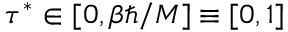
\tau ^ { * } \in [ 0 , \beta \hbar / M ] \equiv [ 0 , 1 ]